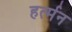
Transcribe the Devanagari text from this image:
हर्त्मन